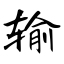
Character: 输